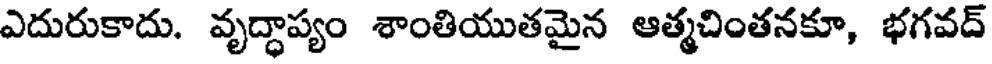
ఎదురుకాదు. వృద్ధాప్యం శాంతియుతమైన ఆత్మచింతనకూ, భగవద్